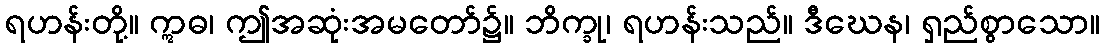
ရဟန်းတို့။ ဣဓ၊ ဤအဆုံးအမတော်၌။ ဘိက္ခု၊ ရဟန်းသည်။ ဒီဃေန၊ ရှည်စွာသော။